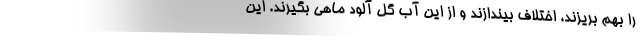
را بهم بریزند، اختلاف بیندازند و از این آب گل آلود ماهی بگیرند. این